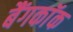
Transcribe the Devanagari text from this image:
बैंगकाॅक